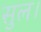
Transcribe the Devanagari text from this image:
सुल।